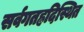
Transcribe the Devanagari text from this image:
सर्वगतह्रदिस्थित